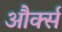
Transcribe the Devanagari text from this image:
और्क्स